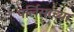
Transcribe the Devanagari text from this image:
पर्लिसाच्या